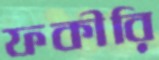
ফকীরি